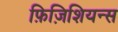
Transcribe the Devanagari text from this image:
फ़िज़िशियन्स